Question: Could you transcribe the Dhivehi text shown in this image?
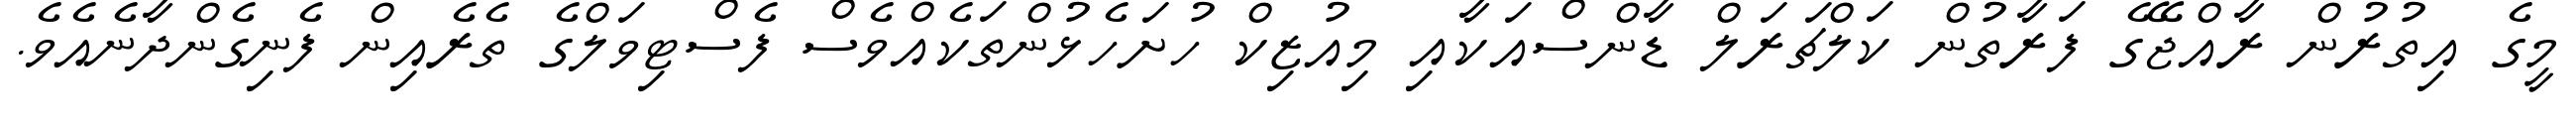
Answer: މީގެ އިތުރުން ރާއްޖޭގެ ފަރާތުން ކަލްޗަރަލް ޑާންސްއަކާއި މިއުޒިކް ހުށަހެޅުންތަކެއްވެސް ފެސްޓިވަލްގެ ތެރެއިން ފެނިގެންދާނެއެވެ.